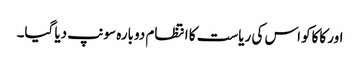
اور کاکاکو اس کی ریاست کا انتظام دوبارہ سونپ دیا گیا۔